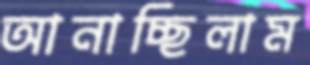
আনাচ্ছিলাম